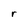
Character: r